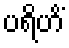
ပရိဟိံ